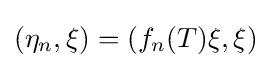
(\eta _{n},\xi )=(f_{n}(T)\xi ,\xi )